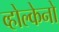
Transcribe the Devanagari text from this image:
व्होल्केनो